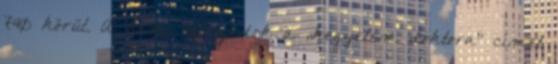
740 körül. A kései századok a „kegyelem doktora” címet